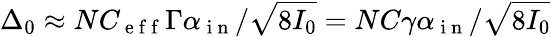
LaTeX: \Delta_{0}\approx NC_{\mathrm{~e~f~f~}}\Gamma\alpha_{\mathrm{~i~n~}}/\sqrt{8I_{0}}=NC\gamma\alpha_{\mathrm{~i~n~}}/\sqrt{8I_{0}}